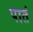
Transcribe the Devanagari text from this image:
पातं